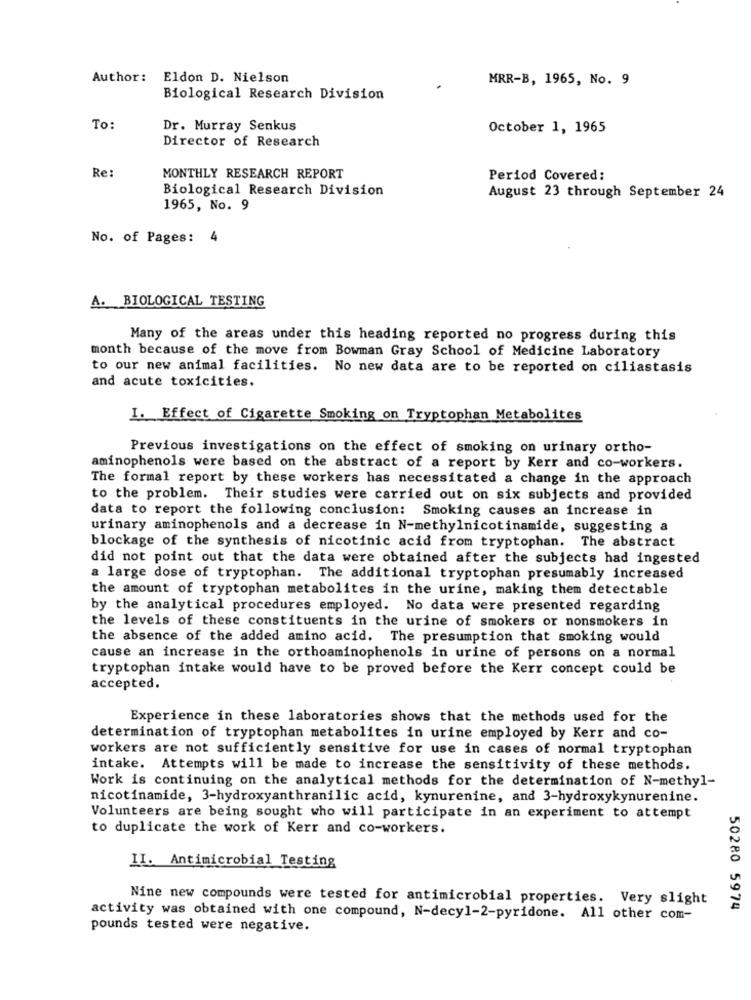
Author: Eldon D. Nielson
MRR-B, 1965, No. 9
Biological Research Division
To:
Dr. Murray Senkus
October 1, 1965
Director of Research
Re:
MONTHLY RESEARCH REPORT
Period Covered:
Biological Research Division
August 23 through September 24
1965, No. 9
No. of Pages: 4
A. BIOLOGICAL TESTING
Many of the areas under this heading reported no progress during this
month because of the move from Bowman Gray School of Medicine Laboratory
to our new animal facilities. No new data are to be reported on ciliastasis
and acute toxicityes.
I. Effect of Cigarette Smoking on Tryptophan Metabolites
Previous investigations on the effect of smoking on urinary ortho-
aminophenols were based on the abstract of a report by Kerr and co-workers.
The formal report by these workers has necessitated a change in the approach
to the problem. Their studies were carried out on six subjects and provided
data to report the following conclusion: Smoking causes an increase in
urinary aminophenols and a decrease in N-methylnicotinamide, suggesting a
blockage of the synthesis of nicotinic acid from tryptophan. The abstract
did not point out that the data were obtained after the subjects had ingested
a large dose of tryptophan. The additional tryptophan presumably increased
the amount of tryptophan metabolites in the urine, making them detectable
by the analytical procedures employed. No data were presented regarding
the levels of these constituents in the urine of smokers or nonsmokers in
the absence of the added amino acid. The presumption that smoking would
cause an increase in the orthoaminophenols in urine of persons on a normal
tryptophan intake would have to be proved before the Kerr concept could be
accepted.
Experience in these laboratories shows that the methods used for the
determination of tryptophan metabolites in urine employed by Kerr and co-
workers are not sufficiently sensitive for use in cases of normal tryptophan
intake. Attempts will be made to increase the sensitivity of these methods.
Work is continuing on the analytical methods for the determination of N-methyl-
nicotinamide, 3-hydroxyanthranilic acid, kynurenine, and 3-hydroxykynurenine.
Volunteers are being sought who will participate in an experiment to attempt
to duplicate the work of Kerr and co-workers.
II. Antimicrobial Testing
Nine new compounds were tested for antimicrobial properties. Very slight
50280 5974
activity was obtained with one compound, N-decy1-2-pyridone. All other com-
pounds tested were negative.